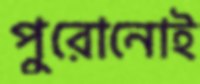
পুরোনোই